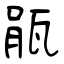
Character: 瓹